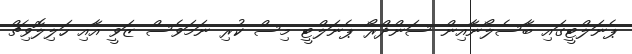
ޕެނަލްޓީގައި ބާސެލޯނާއިން ސަންދްރޯ ޕެނަލްޓީ މިސް ކުރި ނަމަވެސް ޒަވީ އާއި ހަލިލޮވިޗް